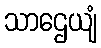
သာဌေယျံ